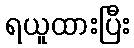
ရယူထားပြီး